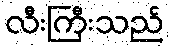
လီးကြီးသည်